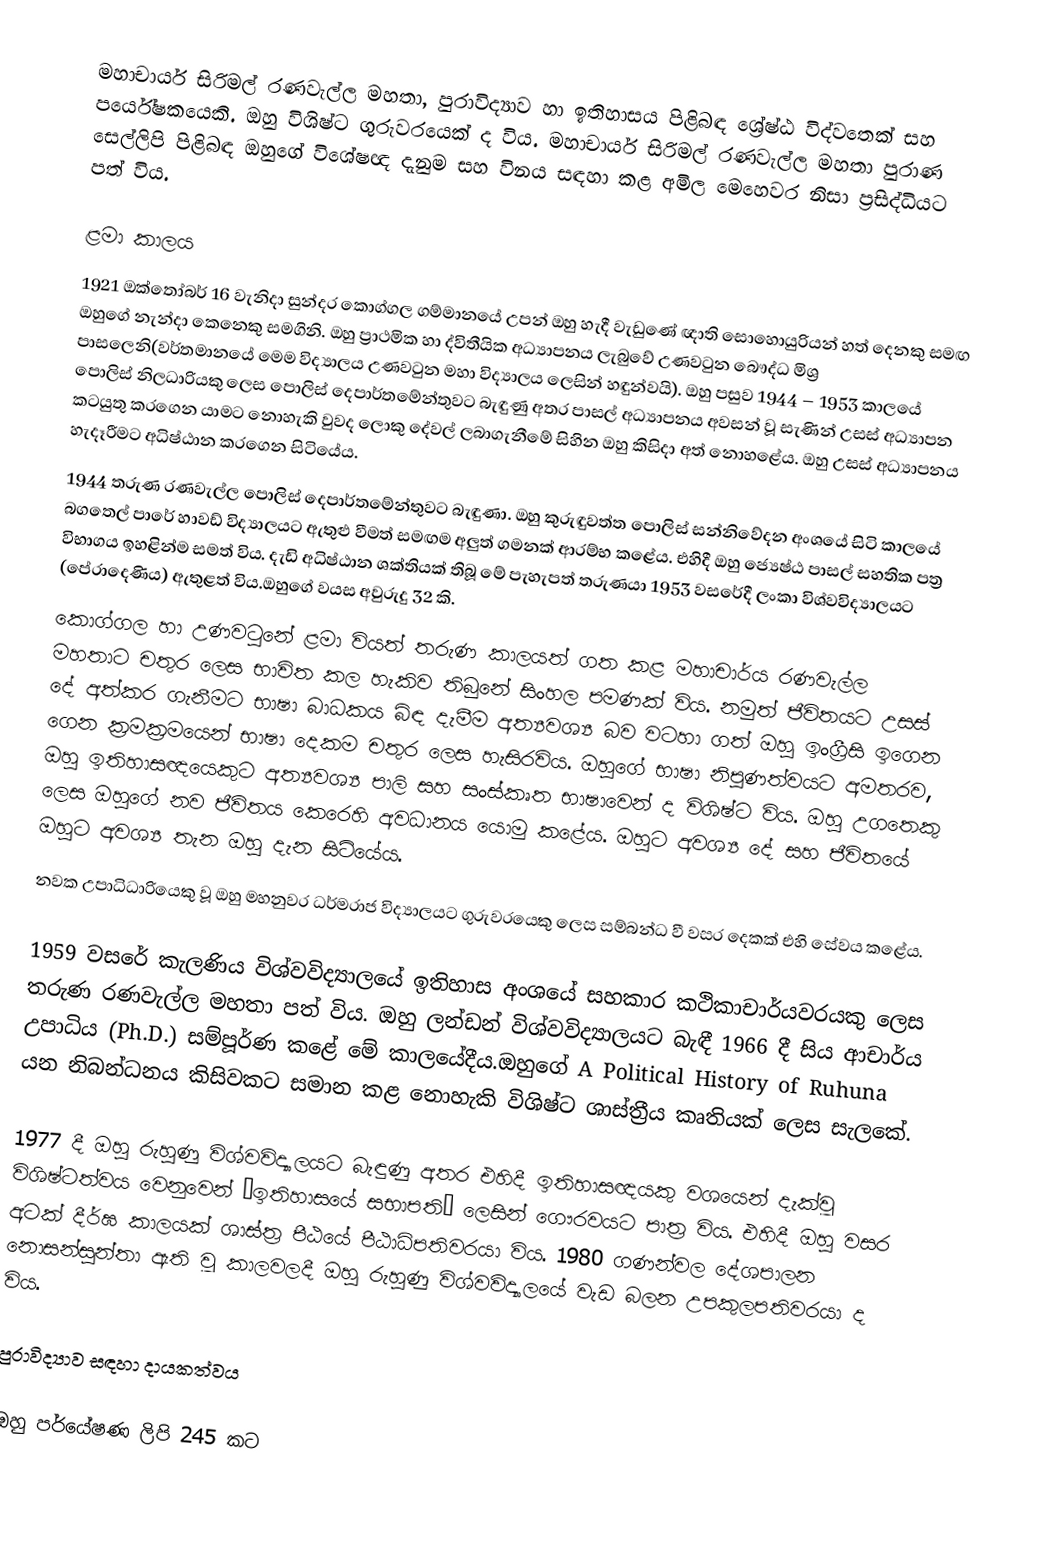
මහාචාර්ය සිරිමල් රණවැල්ල මහතා, පුරාවිද්‍යාව හා ඉතිහාසය පිළිබඳ ශ්‍රේෂ්ඨ විද්වතෙක් සහ පර්යේෂකයෙකි.  ඔහු විශිෂ්ට ගුරුවරයෙක් ද විය.  මහාචාර්ය සිරිමල් රණවැල්ල මහතා පුරාණ සෙල්ලිපි පිළිබඳ ඔහුගේ විශේෂඥ දැනුම සහ විනය සඳහා කළ අමිල මෙහෙවර නිසා ප්‍රසිද්ධියට පත් විය.

ළමා කාලය
1921 ඔක්‌තෝබර් 16 වැනිදා සුන්දර කොග්ගල ගම්මානයේ උපන් ඔහු හැදී වැඩුණේ ඥාති සොහොයුරියන් හත් දෙනකු සමඟ ඔහුගේ නැන්දා කෙනෙකු සමගිනි.  ඔහු ප්‍රාථමික හා ද්විතීයික අධ්‍යාපනය ලැබුවේ උණවටුන බෞද්ධ මිශ්‍ර පාසලෙනි(වර්තමානයේ මෙම විද්‍යාලය උණවටුන මහා විද්‍යාලය ලෙසින් හඳුන්වයි). ඔහු පසුව 1944 – 1953 කාලයේ පොලිස් නිලධාරියකු ලෙස පොලිස් දෙපාර්තමේන්තුවට බැඳුණු අතර පාසල් අධ්‍යාපනය අවසන් වූ සැණින් උසස් අධ්‍යාපන කටයුතු කරගෙන යාමට නොහැකි වුවද ලොකු දේවල් ලබාගැනීමේ සිහින ඔහු කිසිදා අත් නොහළේය. ඔහු උසස් අධ්‍යාපනය හැදෑරීමට අධිෂ්ඨාන කරගෙන සිටියේය.
1944 තරුණ රණවැල්ල පොලිස් දෙපාර්තමේන්තුවට බැඳුණා.  ඔහු කුරුඳුවත්ත පොලිස් සන්නිවේදන අංශයේ සිටි කාලයේ බගතෙල් පාරේ හාවඩ් විද්‍යාලයට ඇතුළු වීමත් සමඟම අලුත් ගමනක් ආරම්භ කළේය.  එහිදී ඔහු ජ්‍යෙෂ්ඨ පාසල් සහතික පත්‍ර විභාගය ඉහළින්ම සමත් විය.  දැඩි අධිෂ්ඨාන ශක්තියක් තිබූ මේ පැහැපත් තරුණයා 1953 වසරේදී ලංකා විශ්වවිද්‍යාලයට (පේරාදෙණිය) ඇතුළත් විය.ඔහුගේ වයස අවුරුදු 32 කි.
කොග්ගල හා උණවටුනේ ළමා වියත් තරුණ කාලයත් ගත කළ මහාචාර්ය රණවැල්ල මහතාට චතුර ලෙස භාවිත කල හැකිව තිබුනේ සිංහල පමණක් විය.  නමුත් ජීවිතයට උසස් දේ අත්කර ගැනීමට භාෂා බාධකය බිඳ දැමීම අත්‍යවශ්‍ය බව වටහා ගත් ඔහු ඉංග්‍රීසි ඉගෙන ගෙන ක්‍රමක්‍රමයෙන් භාෂා දෙකම චතුර ලෙස හැසිරවිය.  ඔහුගේ භාෂා නිපුණත්වයට අමතරව, ඔහු ඉතිහාසඥයෙකුට අත්‍යවශ්‍ය පාලි සහ සංස්කෘත භාෂාවෙන් ද විශිෂ්ට විය.  ඔහු උගතෙකු ලෙස ඔහුගේ නව ජීවිතය කෙරෙහි අවධානය යොමු කළේය.  ඔහුට අවශ්‍ය දේ සහ ජීවිතයේ ඔහුට අවශ්‍ය තැන ඔහු දැන සිටියේය.
නවක උපාධිධාරියෙකු වූ ඔහු මහනුවර ධර්මරාජ විද්‍යාලයට ගුරුවරයෙකු ලෙස සම්බන්ධ වී වසර දෙකක් එහි සේවය කළේය.

1959 වසරේ කැලණිය විශ්වවිද්‍යාලයේ ඉතිහාස අංශයේ සහකාර කථිකාචාර්යවරයකු ලෙස තරුණ රණවැල්ල මහතා පත් විය.  ඔහු ලන්ඩන් විශ්වවිද්‍යාලයට බැඳී 1966 දී සිය ආචාර්ය උපාධිය (Ph.D.) සම්පූර්ණ කළේ මේ කාලයේදීය.ඔහුගේ A Political History of Ruhuna යන නිබන්ධනය කිසිවකට සමාන කළ නොහැකි විශිෂ්ට ශාස්ත්‍රීය කෘතියක් ලෙස සැලකේ.

1977 දී ඔහු රුහුණු විශ්වවිද්‍යාලයට බැඳුණු අතර එහිදී ඉතිහාසඥයකු වශයෙන් දැක්වූ විශිෂ්ටත්වය වෙනුවෙන් ‘ඉතිහාසයේ සභාපති’ ලෙසින් ගෞරවයට පාත්‍ර විය.  එහිදී ඔහු වසර අටක් දීර්ඝ කාලයක් ශාස්ත්‍ර පීඨයේ පීඨාධිපතිවරයා විය.  1980 ගණන්වල දේශපාලන නොසන්සුන්තා ඇති වූ කාලවලදී ඔහු රුහුණු විශ්වවිද්‍යාලයේ වැඩ බලන උපකුලපතිවරයා ද විය.

පුරාවිද්‍යාව සඳහා දායකත්වය

ඔහු පර්යේෂණ ලිපි 245 කට